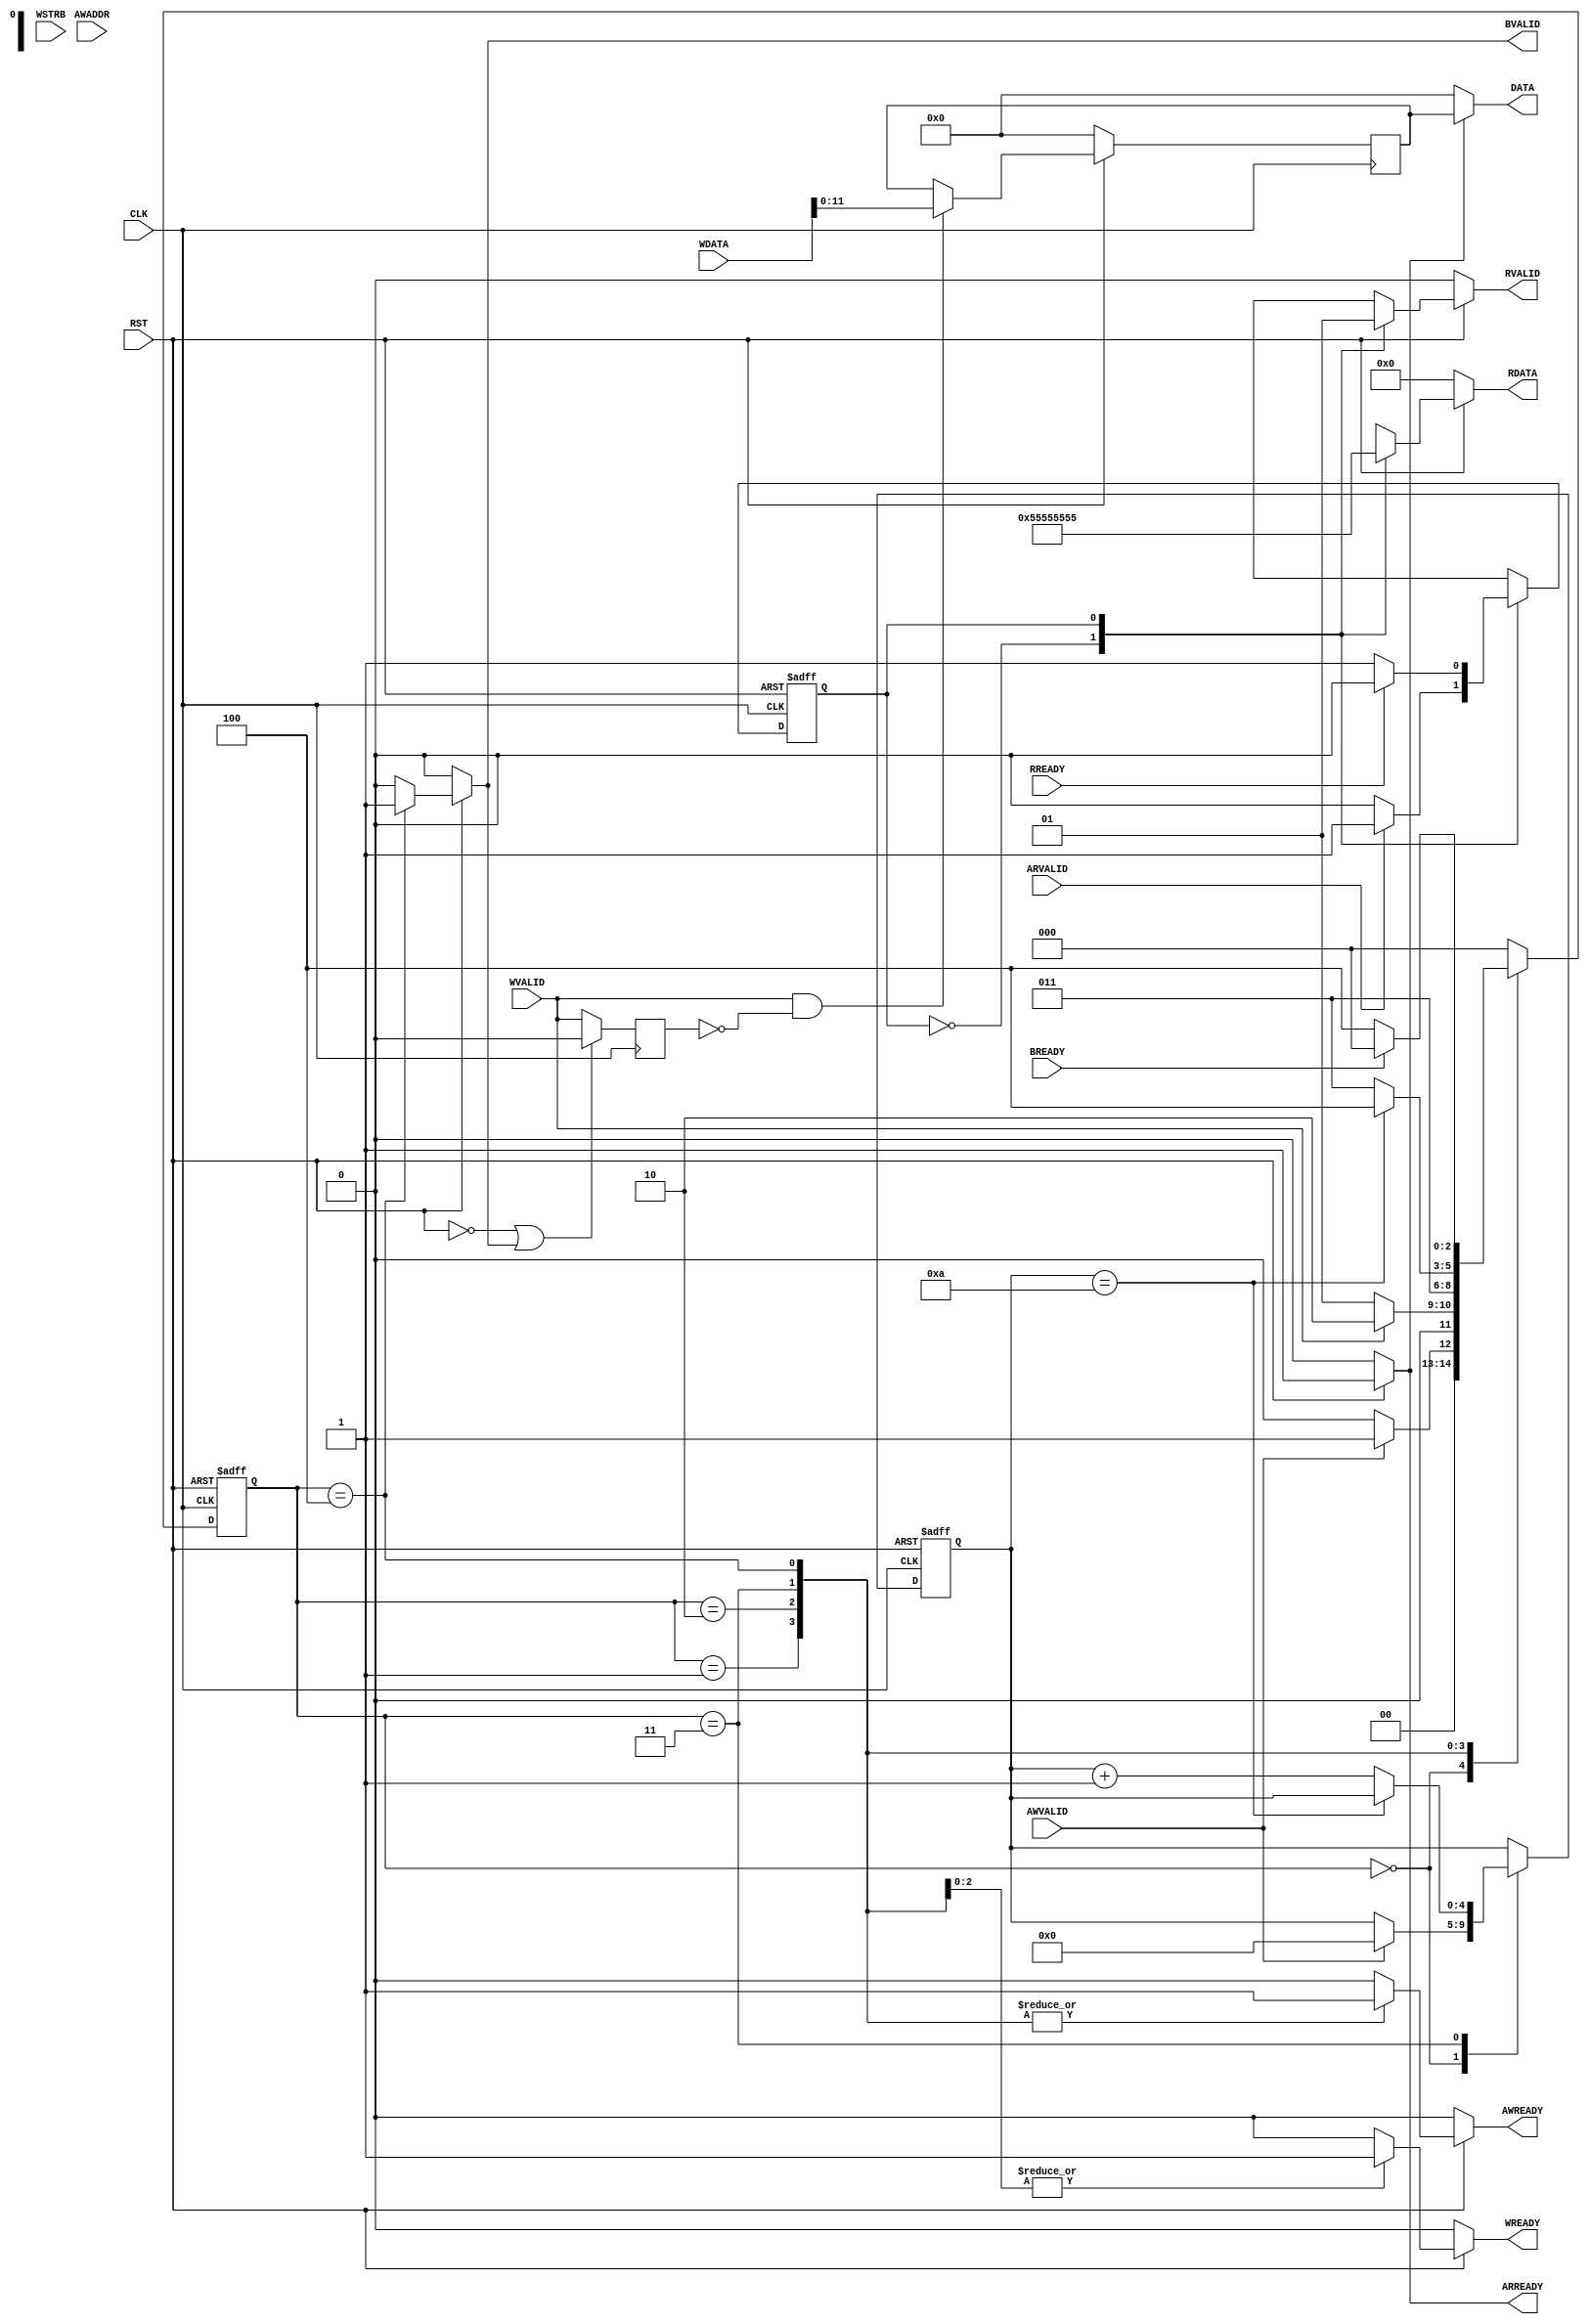
module DAC_interface_AXI(CLK,RST,AWVALID,WVALID,BREADY,AWADDR,WDATA,WSTRB,AWREADY,WREADY,BVALID,DATA,ARVALID,RREADY,ARREADY,RVALID,RDATA);

//----general--input----
	input CLK,RST;
//----write--input----
	input AWVALID,WVALID, BREADY;
	input [31:0] AWADDR,WDATA;
	input [3:0] WSTRB;
//----write--output----
	output reg AWREADY, WREADY, BVALID;	
	output wire [11:0] DATA;
//----write--signals----
	reg [4:0] delay;
	reg [2:0] state_write;
	reg [11:0] latch_WDATA;
	reg latch_reset, Q_WVALID, ena_DATA;
	wire latch_WVALID;
//----read--input----
	input ARVALID,RREADY;
//----read--output----
	output reg ARREADY, RVALID;
	output reg [31:0] RDATA;
//----read--signals----
	reg state_read;

//----FSM--WRITE----

	parameter START_W = 3'b000, WAIT_WVALID = 3'b001, SAVE_WDATA = 3'b010, WORKING = 3'b011, RESET = 3'b100, START_R = 1'b0, WAIT_RREADY = 1'b1;		

//----RESET--PARAMETERS----

	always @( posedge CLK or negedge RST)
	begin		
	if (RST == 1'b0) begin
		state_write = START_W;
		delay = 5'b00000;
	end
//----LOGIC----
	else
		begin
			case (state_write)

			START_W :if (AWVALID == 1'b1) 
				begin
					state_write = WAIT_WVALID;
					delay = 5'b00000;
				end
			else
				begin
					state_write = START_W;
				end

			WAIT_WVALID : if (WVALID == 1'b1)
				begin 
					state_write = SAVE_WDATA;
				end
			else
				begin
					state_write = WAIT_WVALID;
				end


			SAVE_WDATA :
				begin 
					state_write = WORKING;
				end


			WORKING : if (delay == 5'b01010) 
				begin
					state_write = RESET;
				end
			else
				begin
					state_write = WORKING;
					delay = delay + 5'b00001;
				end


			RESET : if (BREADY == 1'b1) 
				begin
					state_write = START_W;
				end
			else
				begin
					state_write = RESET;
				end

			default :
				begin
					state_write = START_W;
				end

			endcase
		end
	end
//----OUTPUTS--FSM--WRITE----
	always @(state_write or RST)
	begin		
		if (RST == 1'b0)
		begin
				AWREADY = 0;
				WREADY = 0;
				BVALID = 0;
				ena_DATA = 0;
				latch_reset = 0;
		end
	//----LOGIC----
		else
		begin	
			case (state_write)
				START_W :begin //----0
					AWREADY = 0;
					WREADY = 0;
					BVALID = 0;
					ena_DATA = 1;
					latch_reset = 0;
					end
				WAIT_WVALID :begin //----1
					AWREADY = 1;
					WREADY = 0;
					BVALID = 0;
					ena_DATA = 1;
					latch_reset = 0;
					end
				SAVE_WDATA :begin //----2
					AWREADY = 1;
					WREADY = 1;
					BVALID = 0;
					ena_DATA = 1;
					latch_reset = 0;
					end
				WORKING :begin //----3
					AWREADY = 1;
					WREADY = 1;
					BVALID = 0;
					ena_DATA = 1;
					latch_reset = 0;
					end
				RESET :begin //----4
					AWREADY = 1;
					WREADY = 1;
					BVALID = 1;
					ena_DATA = 1;
					latch_reset = 1;
					end
					
				default :begin
					AWREADY = 0;
					WREADY = 0;
					BVALID = 0;
					ena_DATA = 1;
					latch_reset = 0;
					end		
						
				

				endcase
			end
		end
//----LATCH_WVALID----

assign latch_WVALID = WVALID & ~Q_WVALID;

	always @( posedge CLK )
	begin
		if (RST == 1'b0 || latch_reset )
			begin
				Q_WVALID <= 1'b0;
			end
		else
			begin
				Q_WVALID <= WVALID;
			end
	end


//----FLIP--FLOPS--WRITE----

	always @( posedge CLK )
	begin
		if (RST == 1'b0)
			begin
				latch_WDATA <= 32'b0;
			end
		else if (latch_WVALID) 
			begin
				latch_WDATA <= WDATA;
			end
		else 
			begin
				latch_WDATA <= latch_WDATA;
			end	
	end

//----OUTPUT--DATA----

assign DATA = ena_DATA ? latch_WDATA : 12'b0;
 
//----FSM--READ----


//----RESET--PARAMETERS----
	always @( posedge CLK or negedge RST)
	begin		
	if (RST == 1'b0) begin
		state_read = START_R;
	end
//----LOGIC----
	else
		begin
			case (state_read)
			START_R :if (ARVALID == 1'b1) 
				begin
					state_read = WAIT_RREADY;
				end
			else
				begin
					state_read = START_R;
				end
			
			WAIT_RREADY : if (RREADY == 1'b1)
				begin 
					state_read = START_R;
				end
			else
				begin
					state_read = WAIT_RREADY;
				end
			
			endcase
		end
	end
//----OUTPUTS--FSM--READ----
	always @(state_read or RST)
	begin		
		if (RST == 1'b0)
		begin
			ARREADY = 0;
			RVALID = 0;
			RDATA = 32'b0;
		end
//----LOGIC----
		else
		begin	
				case (state_read)
				START_R :begin
					ARREADY = 1;
					RVALID = 0;
					RDATA = 32'b0;
					end
				WAIT_RREADY  :begin
					ARREADY = 1;
					RVALID = 1;
					RDATA = 32'h55555555;
					end
	
				endcase
		end
	end
endmodule